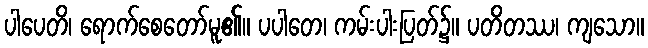
ပါပေတိ၊ ရောက်စေတော်မူ၏။ ပပါတေ၊ ကမ်းပါးပြတ်၌။ ပတိတဿ၊ ကျသော။